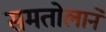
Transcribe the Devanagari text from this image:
समतोलाने